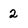
Character: 2